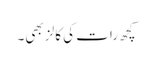
کچھ رات کی کالز بھی۔